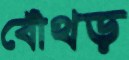
বোঁথড়